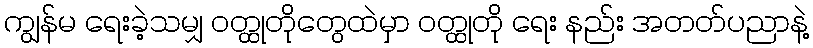
ကျွန်မ ရေးခဲ့သမျှ ဝတ္ထုတိုတွေထဲမှာ ဝတ္ထုတို ရေး နည်း အတတ်ပညာနဲ့